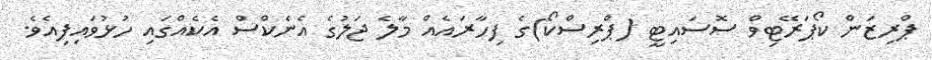
ޕްރިޒަން ކޯޕަރޭޓިވް ސޮސައިޓީ (ޕްރިސްކޯ)ގެ ފިހާރައެއް މާލެ ޖަލުގެ އެނެކްސް އެކެއްގައި ހުޅުވައިފިއެވެ.